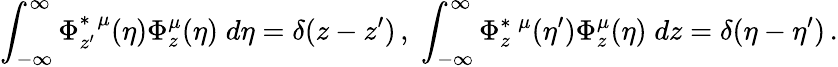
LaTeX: \int_{-\infty}^{\infty}\Phi_{z^{\prime}}^{\ast\; \mu}(\eta)\Phi_{z}^{\mu}(\eta)\; d\eta=\delta(z-z^{\prime})\, ,\; \int_{-\infty}^{\infty}\Phi_{z}^{\ast\; \mu}(\eta^{\prime})\Phi_{z}^{\mu}(\eta)\; dz=\delta(\eta-\eta^{\prime})\, .